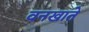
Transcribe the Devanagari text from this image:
वनखाते